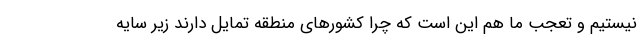
نیستیم و تعجب ما هم این است که چرا کشورهای منطقه تمایل دارند زیر سایه